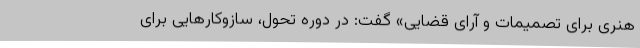
هنری برای تصمیمات و آرای قضایی» گفت: در دوره تحول، سازوکار‌هایی برای